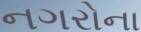
નગરોના